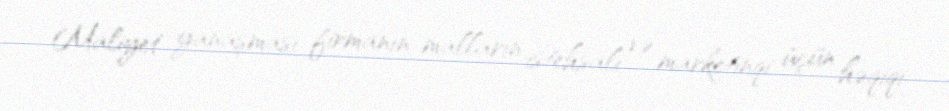
Maliyet yanaşması firmanın malların istehsalı və marketinqi üçün həqiqi